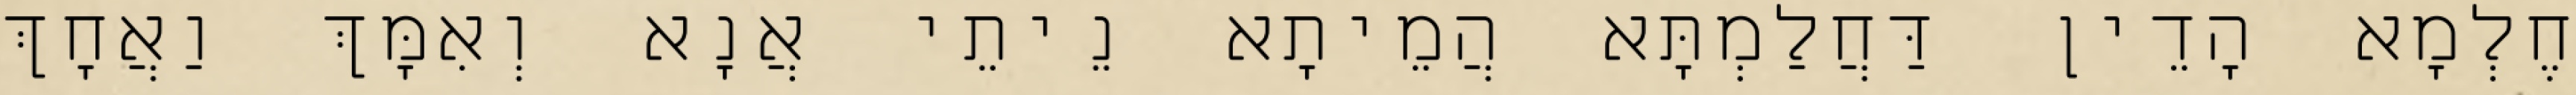
חֶלְמָא הָדֵין דַּחֲלַמְתָּא הֲמֵיתָא נֵיתֵי אֲנָא וְאִמָּךְ וַאֲחָךְ